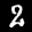
Label: 2